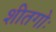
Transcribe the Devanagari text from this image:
शीतगोः